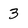
Character: 3